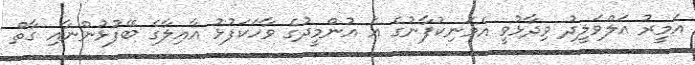
އަމީރު އަލްވަލީދު ވިދާޅުވީ އެމަނިކުފާނުގެ އެ އުންމީދުގެ ވާހަކަފުޅު އާއިލާގެ ބޭފުޅުންނާއި ގާތް